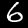
Label: 6